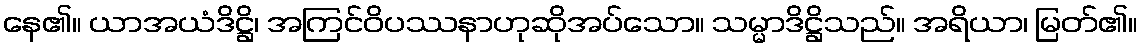
နေ၏။ ယာအယံဒိဋ္ဌိ၊ အကြင်ဝိပဿနာဟုဆိုအပ်သော။ သမ္မာဒိဋ္ဌိသည်။ အရိယာ၊ မြတ်၏။